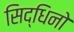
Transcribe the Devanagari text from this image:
सिद्धिनो